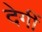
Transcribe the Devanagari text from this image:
देगीं